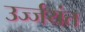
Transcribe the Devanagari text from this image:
उर्ज्जयंत